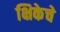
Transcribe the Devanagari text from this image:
क्षिकेचे